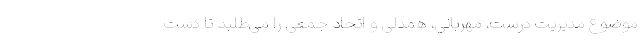
موضوع مدیریت درست، مهربانی، همدلی و اتحاد جمعی را می‌طلبد تا دست‌